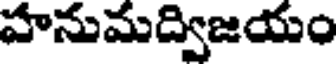
హనుమద్విజయం